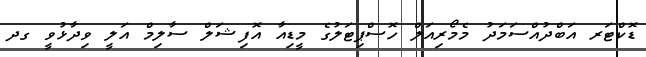
ޑޮކްޓަރ އަބްދުއްސަމަދު މެމޯރިއަލް ހޮސްޕިޓަލުގެ މީޑިއާ އޮފިޝަލް ސާލިމް އަލީ ވިދާޅުވީ ގދ